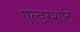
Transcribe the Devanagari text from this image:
एल्डरशॉट